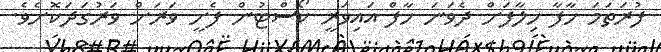
ފުރަތަމަ ހާފާ ހިލާފަށް ދެވަނަ ހާފް އައިވަރީ ކޯސްޓުން ފެށީ ވަރަށް ވަރުގަދަކޮށެވެ.